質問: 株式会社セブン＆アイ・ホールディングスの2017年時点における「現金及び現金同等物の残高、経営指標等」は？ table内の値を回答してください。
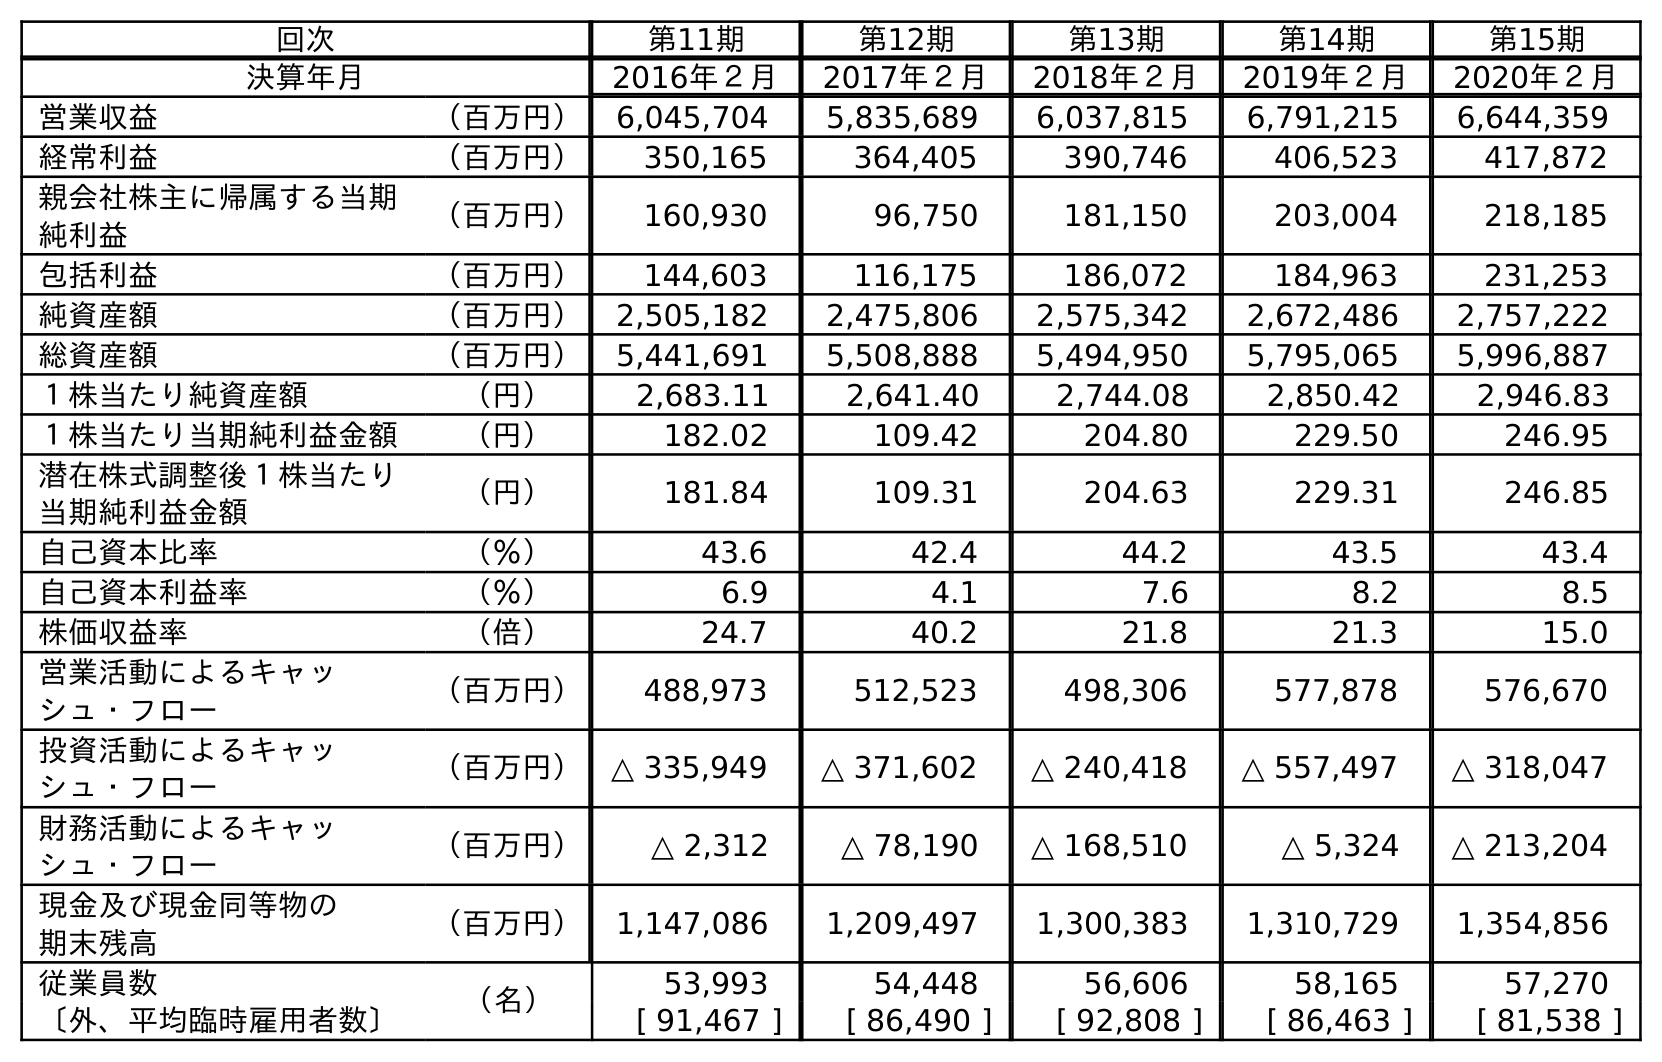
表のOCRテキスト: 回次 第11期 第12期 第13期 第14期 第15期 決算年月 2016年２月 2017年２月 2018年２月 2019年２月 2020年２月 営業収益 （百万円） 6,045,704 5,835,689 6,037,815 6,791,215 6,644,359 経常利益 （百万円） 350,165 364,405 390,746 406,523 417,872 親会社株主に帰属する当期 純利益 （百万円） 160,930 96,750 181,150 203,004 218,185 包括利益 （百万円） 144,603 116,175 186,072 184,963 231,253 純資産額 （百万円） 2,505,182 2,475,806 2,575,342 2,672,486 2,757,222 総資産額 （百万円） 5,441,691 5,508,888 5,494,950 5,795,065 5,996,887 １株当たり純資産額 （円） 2,683.11 2,641.40 2,744.08 2,850.42 2,946.83 １株当たり当期純利益金額 （円） 182.02 109.42 204.80 229.50 246.95 潜在株式調整後１株当たり 当期純利益金額 （円） 181.84 109.31 204.63 229.31 246.85 自己資本比率 （％） 43.6 42.4 44.2 43.5 43.4 自己資本利益率 （％） 6.9 4.1 7.6 8.2 8.5 株価収益率 （倍） 24.7 40.2 21.8 21.3 15.0 営業活動によるキャッ シュ・フロー （百万円） 488,973 512,523 498,306 577,878 576,670 投資活動によるキャッ シュ・フロー （百万円） △ 335,949 △ 371,602 △ 240,418 △ 557,497 △ 318,047 財務活動によるキャッ シュ・フロー （百万円） △ 2,312 △ 78,190 △ 168,510 △ 5,324 △ 213,204 現金及び現金同等物の 期末残高 （百万円） 1,147,086 1,209,497 1,300,383 1,310,729 1,354,856 従業員数 （名） 53,993 54,448 56,606 58,165 57,270 〔外、平均臨時雇用者数〕 [ 91,467 ] [ 86,490 ] [ 92,808 ] [ 86,463 ] [ 81,538 ]
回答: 1,209,497